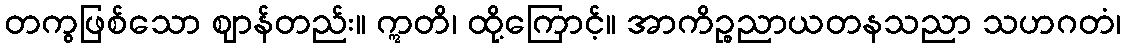
တကွဖြစ်သော ဈာန်တည်း။ ဣတိ၊ ထို့ကြောင့်။ အာကိဉ္စညာယတနသညာ သဟဂတံ၊